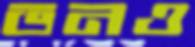
ভনও